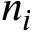
n _ { i }